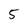
Character: 5